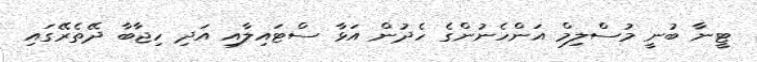
ޓީނާ ބުނީ މުސްލިމް އަންހެނުންގެ ހެދުން އަޅާ ސްޓައިލާއި އަދި ހިޖާބާ ދޭތެރޭގައި